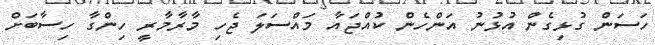
ހަސަން ގުޅިގެން އުޅުނު އަންހެން ކުއްޖައާ މައްސަލަ ޖެހި މާރާމާރީ ހިންގާ ހިސާބަށް